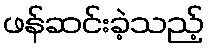
ဖန်ဆင်းခဲ့သည့်